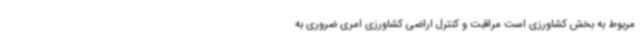
مربوط به بخش کشاورزی است مراقبت و کنترل اراضی کشاورزی امری ضروری به